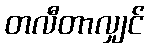
တလီတာလျှင်